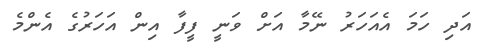
އަދި ހަމަ އެއަހަރު ނޭމާ އަށް ވަނީ ފީފާ އިން އަހަރުގެ އެންމެ